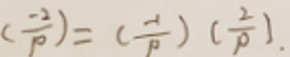
$\left(\frac{-2}{p}\right)=\left(\frac{-1}{p}\right)\left(\frac{2}{p}\right).$